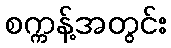
စက္ကန့်အတွင်း